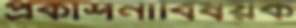
প্রকাশনাবিষয়ক